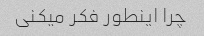
چرا اینطور فکر میکنی